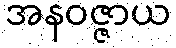
အနဝဇ္ဇာယ